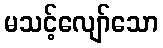
မသင့်လျော်သော